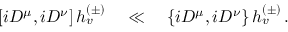
\left[ i D ^ { \mu } , i D ^ { \nu } \right] h _ { v } ^ { ( \pm ) } \quad \ll \quad \left\{ i D ^ { \mu } , i D ^ { \nu } \right\} h _ { v } ^ { ( \pm ) } \, .